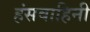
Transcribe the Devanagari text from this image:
हंसवाहिनी